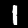
Digit: 1